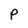
Character: p